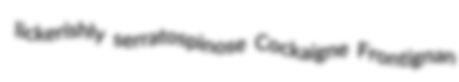
lickerishly serratospinose Cockaigne Frontignan